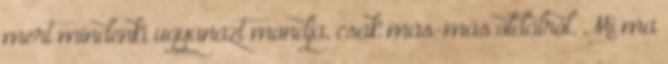
mert mindenki ugyanazt mondja, csak más-más oldalról. Mi ma